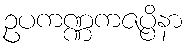
ဥပကဏ္ဏကဇပ္ပိနာ